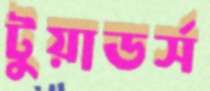
টুয়াডর্স